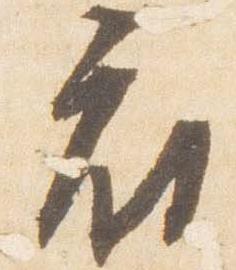
府